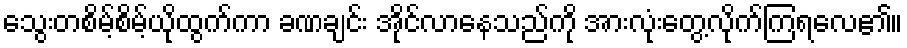
သွေးတစိမ့်စိမ့်ယိုထွက်ကာ ခဏချင်း အိုင်လာနေသည်ကို အားလုံးတွေ့လိုက်ကြရလေ၏။